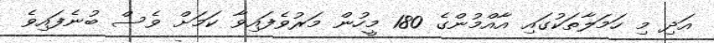
އަދި މި ހަމަލާތަކުގައި އާއްމުންގެ 180 މީހުން މަރުވެފައިވާ ކަމަށް ވެސް ބުނެފައިވެ